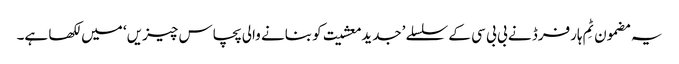
یہ مضمون ٹِم ہارفرڈ نے بی بی سی کے سلسلے ’جدید معشیت کو بنانے والی پچاس چیزیں‘ میں لکھا ہے۔